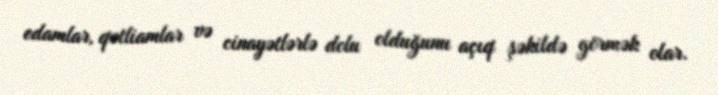
edamlar, qətliamlar və cinayətlərlə dolu olduğunu açıq şəkildə görmək olar.